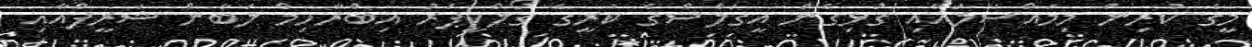
މީގެ ކުރިން މިމައްސަލައާއި ގުޅިގެން އީގަލްސްގެ ކުރީގެ ގޯލްކީޕަރު އިބްރާހިމް ލަބާން ޝަރީފްއާއި